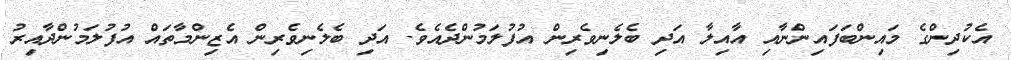
އެކުދިންގެ މައިންބަފައިންނާއި އާއިލާ އަދި ބެލެނިވެރިން އުފުލަމުންދެއެވެ. އަދި ބެލެނިވެރިން އެޒިންމާތައް އުފުލަމުންދާއިރު